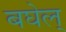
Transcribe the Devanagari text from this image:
बघेल्